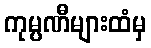
ကုမ္ပဏီများထံမှ